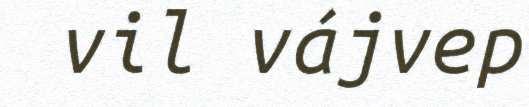
vil vájvep